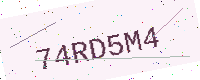
Text: 74RD5M4